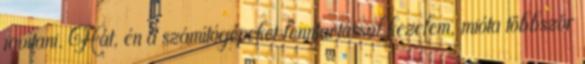
javítani. Hát, én a számítógépeket fenntartással kezelem, mióta többször